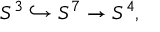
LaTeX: S ^ { 3 } \hookrightarrow S ^ { 7 } \to S ^ { 4 } ,